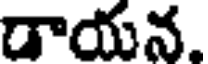
డాయన.